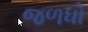
જળધો